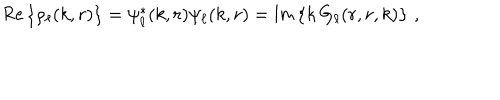
\mathsf { R e } \left\{ \rho _ { \ell } ( k , r ) \right\} = \psi _ { \ell } ^ { * } ( k , r ) \psi _ { \ell } ( k , r ) = \mathsf { I m } \left\{ k \, G _ { \ell } ( r , r , k ) \right\} \, ,